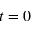
t = 0